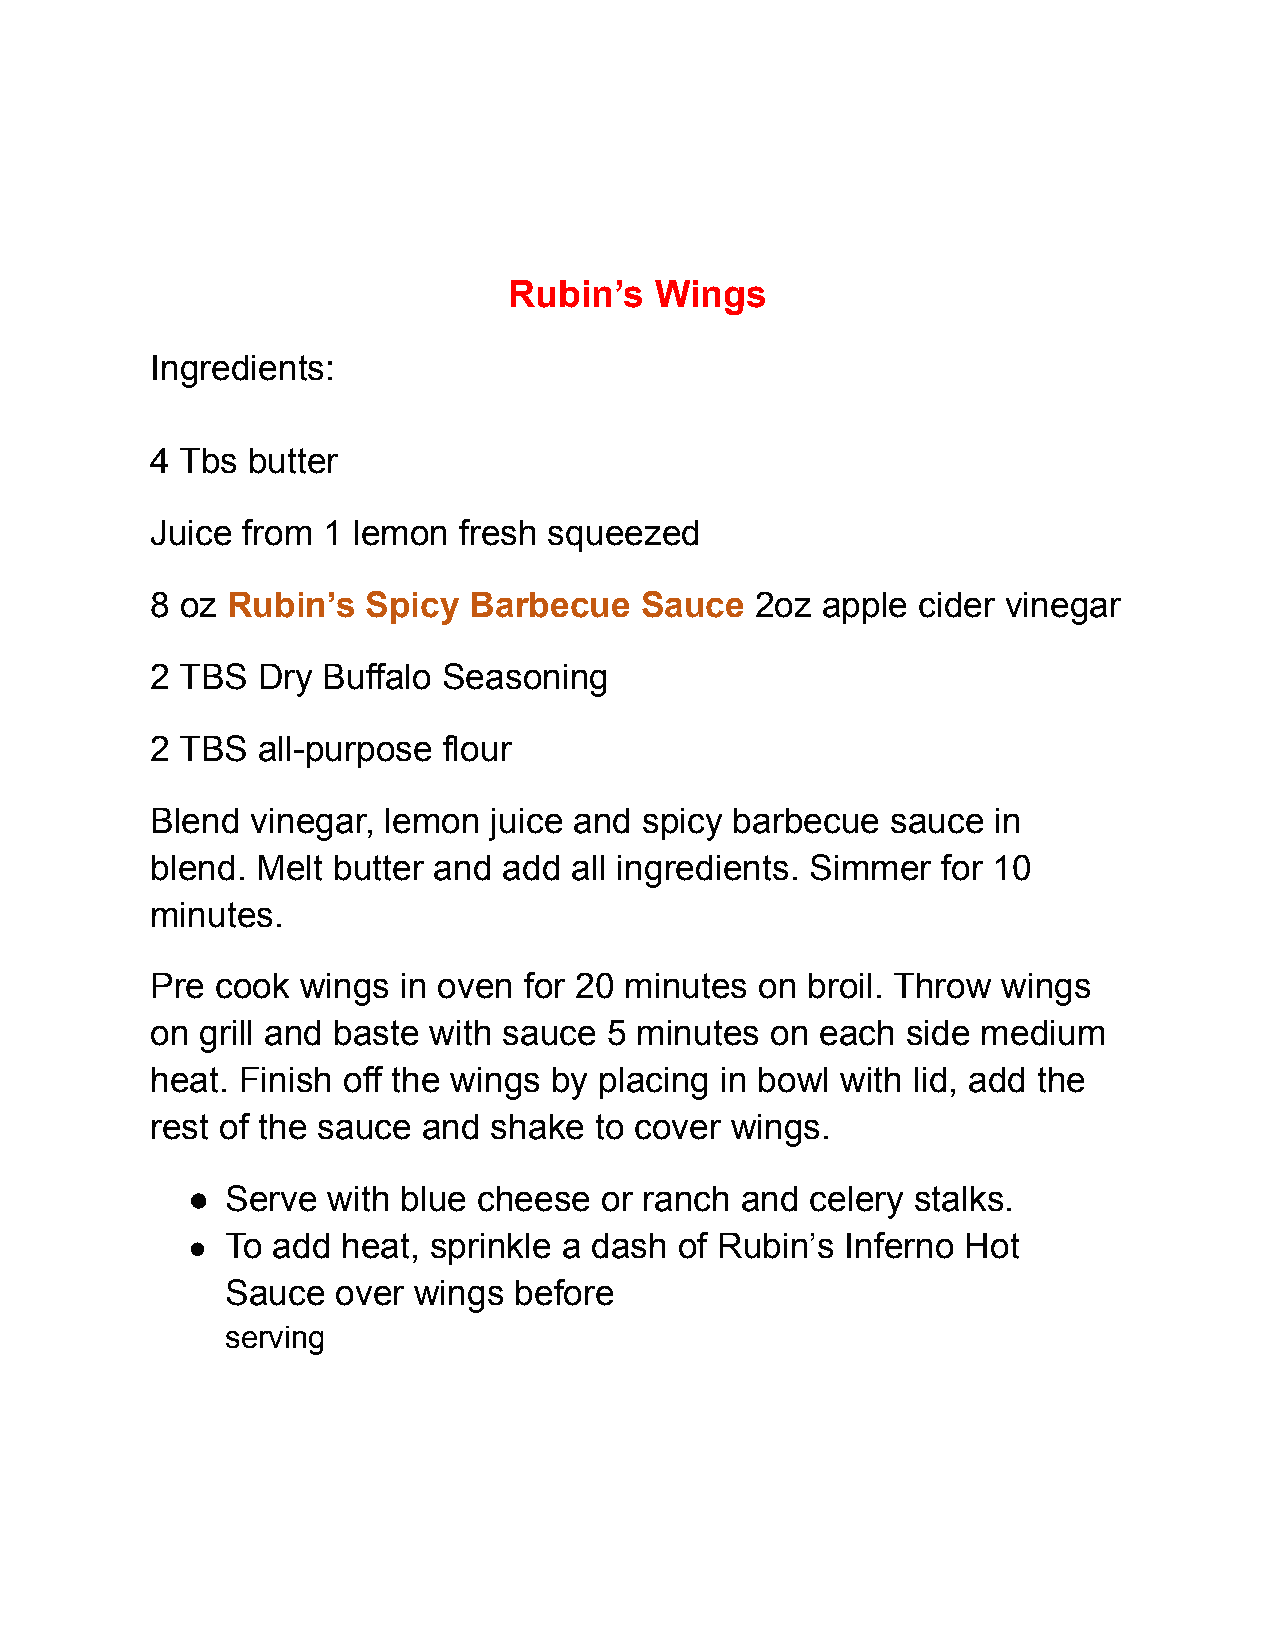
Rubin’s  Wings
 Ingredients:
 4 Tbs butter
 Juice from 1 lemon  fresh squeezed
 8 oz Rubin’s  Spicy  Barbecue   Sauce   2oz apple  cider vinegar
 2 TBS  Dry Buffalo Seasoning
 2 TBS  all-purpose flour
 Blend  vinegar, lemon juice and  spicy barbecue  sauce  in
 blend. Melt butter and add  all ingredients. Simmer for 10
 minutes.
 Pre cook  wings in oven  for 20 minutes on broil. Throw wings
 on grill and baste with sauce 5 minutes  on each  side medium
 heat. Finish off the wings by placing in bowl with lid, add the
 rest of the sauce and shake  to cover wings.
 ●  Serve  with blue cheese  or ranch and  celery stalks.
 ●  To add  heat, sprinkle a dash of Rubin’s Inferno Hot
 Sauce  over wings  before
 serving